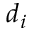
d _ { i }